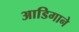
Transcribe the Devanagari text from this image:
आडिगाने